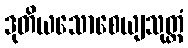
ဒုတိယသောစေယျသုတ္တံ